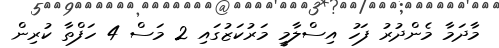
މާދަމާ މެންދުރު ފަހު އިސްލާމީ މަރުކަޒުގައި 2 މަސް 4 ހަފްތާ ކުރިން